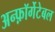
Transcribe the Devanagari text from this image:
अन्फ़ॉर्गेटेबल